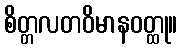
စိတ္တလတဝိမာနဝတ္ထု။